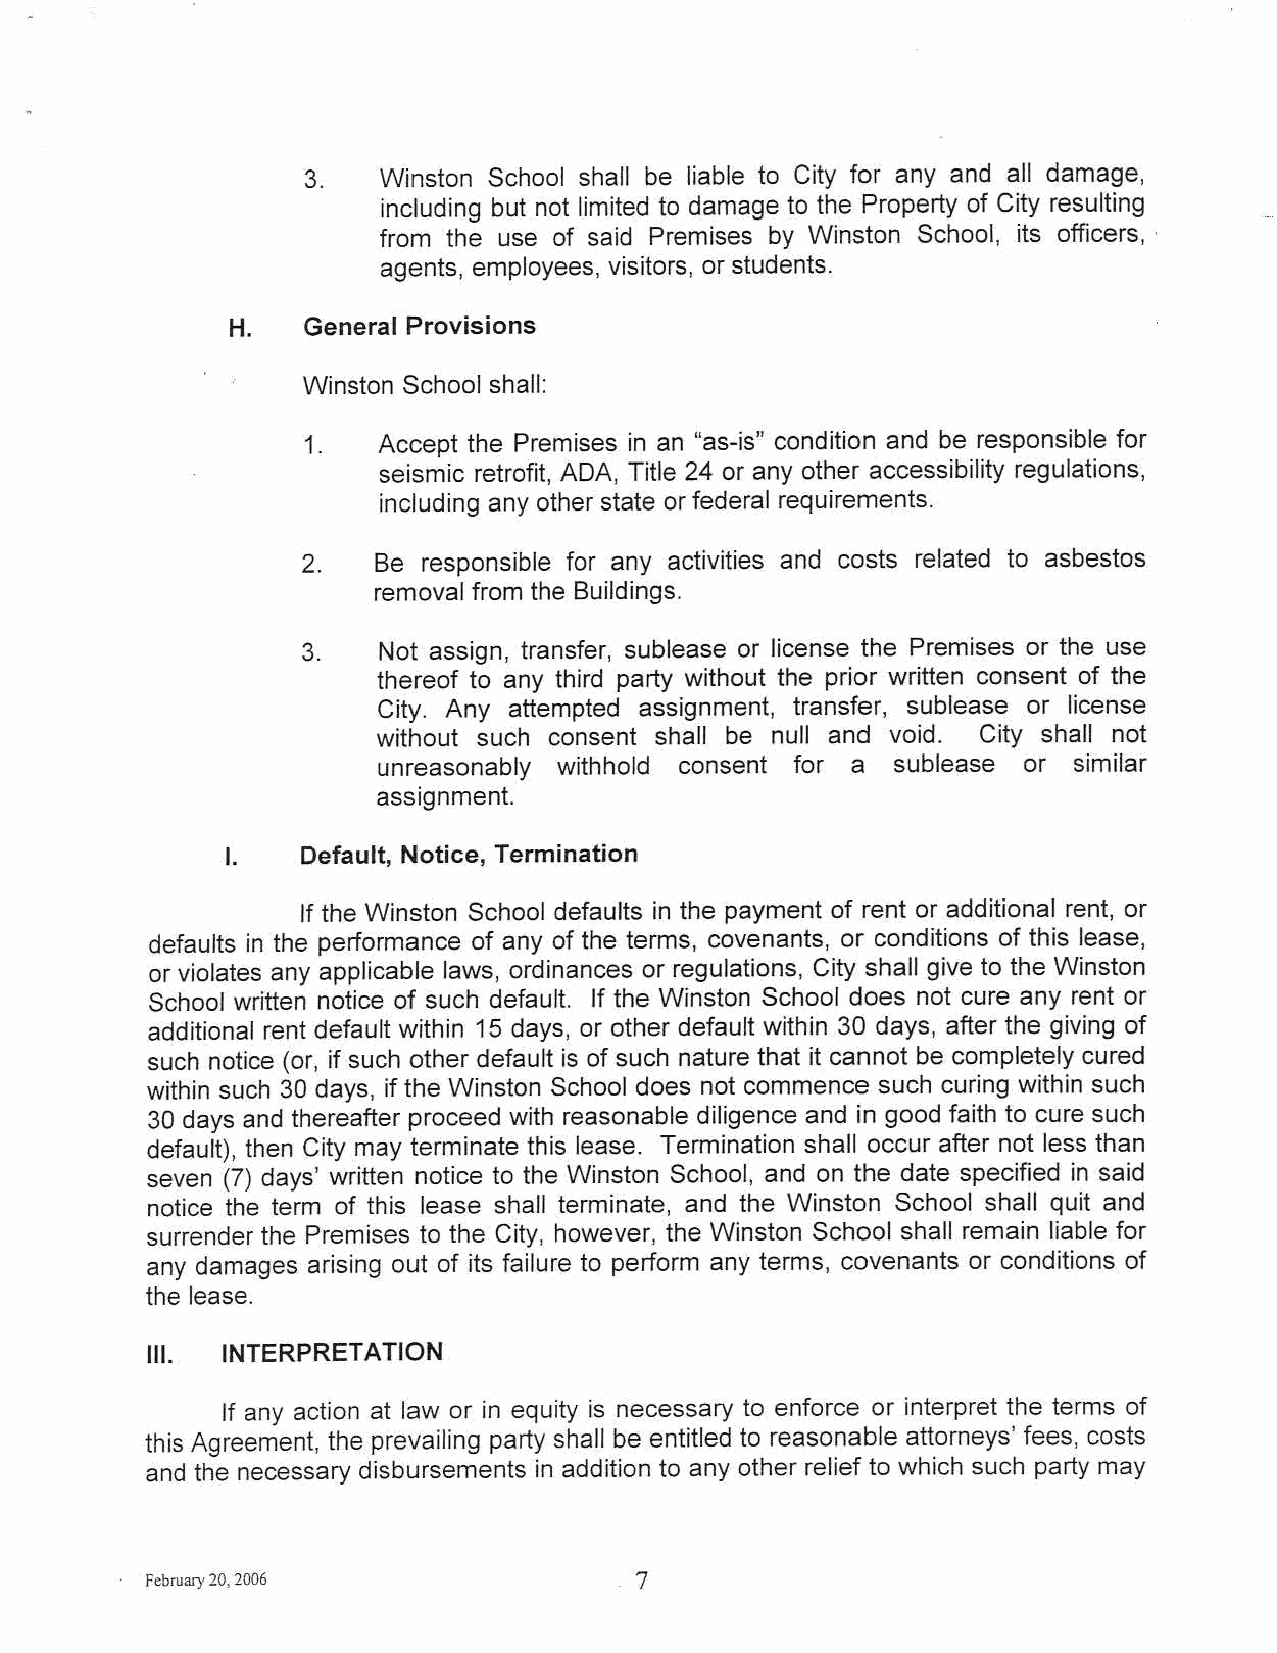
3.   Winston School shall be liable to City for any and all damage,
 including but not limited to damage to the Property of City resulting
 from the use of said Premises by Winston School, its officers, ·
 agents, employees, visitors, or students.
 H.   General Provisions
 Winston School shall:
 1.   Accept the Premises in an "as-is" condition and be responsible for
 seismic retrofit, ADA, Title 24 or any other accessibility regulations,
 including any other state or federal requirements.
 2.   Be responsible for any activities and costs related to asbestos
 removal from the Buildings.
 3.   Not assign, transfer, sublease or license the Premises or the use
 thereof to any third party without the prior written consent of the
 City. Any attempted assignment, transfer, sublease or license
 without such consent shall be null and void. City shall not
 unreasonably withhold consent for a sublease or similar
 assignment.
 I.   Default, Notice, Termination
 If the Winston School defaults in the payment of rent or additional rent, or
 defaults in the performance of any of the terms, covenants, or conditions of this lease,
 or violates any applicable laws, ordinances or regulations, City shall give to the Winston
 School written notice of such default. If the Winston School does not cure any rent or
 additional rent default within 15 days, or other default within 30 days, after the giving of
 such notice (or, if such other default is of such nature that it cannot be completely cured
 within such 30 days, if the Winston School does not commence such curing within such
 30 days and thereafter proceed with reasonable diligence and in good faith to cure such
 default), then City may terminate this lease. Termination shall occur after not less than
 seven (7) days' written notice to the Winston School, and on the date specified in said
 notice the term of this lease shall terminate, and the Winston School shall quit and
 surrender the Premises to the City, however, the Winston School shall remain liable for
 any damages arising out of its failure to perform any terms, covenants or conditions of
 the lease.
 Ill. INTERPRETATION
 If any action at law or in equity is necessary to enforce or interpret the terms of
 this Agreement, the prevailing party shall be entitled to reasonable attorneys' fees, costs
 and the necessary disbursements in addition to any other relief to which such party may
 February 20, 2006              . 7